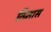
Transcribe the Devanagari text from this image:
तिमास